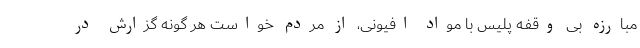
مبارزه بی وقفه پلیس با مواد افیونی، از مردم خواست هر گونه گزارش در